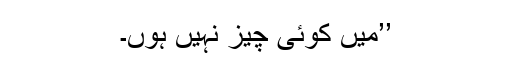
’’میں کوئی چیز نہیں ہوں۔